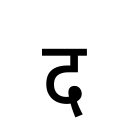
OCR:
द